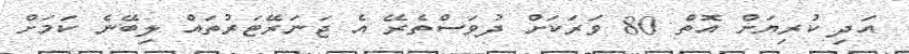
އަދި ކުރިޔަށް އޮތް 80 ވަރަކަށް ދުވަސްތެރޭ އެ ޖަނަރޭޓަރުތައް ލިބޭނެ ކަމަށް